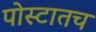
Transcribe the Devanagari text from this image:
पोस्टातच